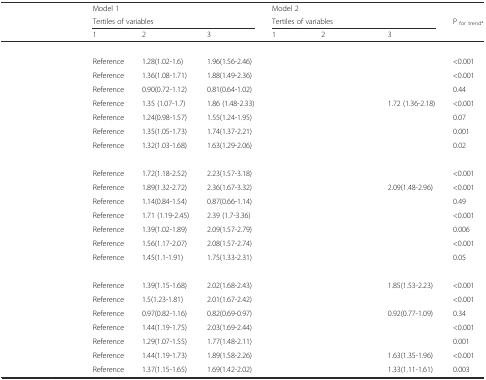
<table><thead><tr><td rowspan="3">[EMPTY_CELL]</td><td><b>Model 1</b></td><td>[EMPTY_CELL]</td><td>[EMPTY_CELL]</td><td><b>Model 2</b></td><td>[EMPTY_CELL]</td><td>[EMPTY_CELL]</td><td>[EMPTY_CELL]</td></tr><tr><td colspan="3"><b>Tertiles of variables</b></td><td colspan="3"><b>Tertiles of variables</b></td><td><b>P <sub>for trend*</sub></b></td></tr><tr><td><b>1</b></td><td><b>2</b></td><td><b>3</b></td><td><b>1</b></td><td><b>2</b></td><td><b>3</b></td><td>[EMPTY_CELL]</td></tr></thead><tbody><tr><td>[EMPTY_CELL]</td><td>[EMPTY_CELL]</td><td>[EMPTY_CELL]</td><td>[EMPTY_CELL]</td><td>[EMPTY_CELL]</td><td>[EMPTY_CELL]</td><td>[EMPTY_CELL]</td><td>[EMPTY_CELL]</td></tr><tr><td>[EMPTY_CELL]</td><td>Reference</td><td>1.28(1.02-1.6)</td><td>1.96(1.56-2.46)</td><td>[EMPTY_CELL]</td><td>[EMPTY_CELL]</td><td>[EMPTY_CELL]</td><td>&lt;0.001</td></tr><tr><td>[EMPTY_CELL]</td><td>Reference</td><td>1.36(1.08-1.71)</td><td>1.88(1.49-2.36)</td><td>[EMPTY_CELL]</td><td>[EMPTY_CELL]</td><td>[EMPTY_CELL]</td><td>&lt;0.001</td></tr><tr><td>[EMPTY_CELL]</td><td>Reference</td><td>0.90(0.72-1.12)</td><td>0.81(0.64-1.02)</td><td>[EMPTY_CELL]</td><td>[EMPTY_CELL]</td><td>[EMPTY_CELL]</td><td>0.44</td></tr><tr><td>[EMPTY_CELL]</td><td>Reference</td><td>1.35 (1.07-1.7)</td><td>1.86 (1.48-2.33)</td><td>[EMPTY_CELL]</td><td>[EMPTY_CELL]</td><td>1.72 (1.36-2.18)</td><td>&lt;0.001</td></tr><tr><td>[EMPTY_CELL]</td><td>Reference</td><td>1.24(0.98-1.57)</td><td>1.55(1.24-1.95)</td><td>[EMPTY_CELL]</td><td>[EMPTY_CELL]</td><td>[EMPTY_CELL]</td><td>0.07</td></tr><tr><td>[EMPTY_CELL]</td><td>Reference</td><td>1.35(1.05-1.73)</td><td>1.74(1.37-2.21)</td><td>[EMPTY_CELL]</td><td>[EMPTY_CELL]</td><td>[EMPTY_CELL]</td><td>0.001</td></tr><tr><td>[EMPTY_CELL]</td><td>Reference</td><td>1.32(1.03-1.68)</td><td>1.63(1.29-2.06)</td><td>[EMPTY_CELL]</td><td>[EMPTY_CELL]</td><td>[EMPTY_CELL]</td><td>0.02</td></tr><tr><td>[EMPTY_CELL]</td><td>[EMPTY_CELL]</td><td>[EMPTY_CELL]</td><td>[EMPTY_CELL]</td><td>[EMPTY_CELL]</td><td>[EMPTY_CELL]</td><td>[EMPTY_CELL]</td><td>[EMPTY_CELL]</td></tr><tr><td>[EMPTY_CELL]</td><td>Reference</td><td>1.72(1.18-2.52)</td><td>2.23(1.57-3.18)</td><td>[EMPTY_CELL]</td><td>[EMPTY_CELL]</td><td>[EMPTY_CELL]</td><td>&lt;0.001</td></tr><tr><td>[EMPTY_CELL]</td><td>Reference</td><td>1.89(1.32-2.72)</td><td>2.36(1.67-3.32)</td><td>[EMPTY_CELL]</td><td>[EMPTY_CELL]</td><td>2.09(1.48-2.96)</td><td>&lt;0.001</td></tr><tr><td>[EMPTY_CELL]</td><td>Reference</td><td>1.14(0.84-1.54)</td><td>0.87(0.66-1.14)</td><td>[EMPTY_CELL]</td><td>[EMPTY_CELL]</td><td>[EMPTY_CELL]</td><td>0.49</td></tr><tr><td>[EMPTY_CELL]</td><td>Reference</td><td>1.71 (1.19-2.45)</td><td>2.39 (1.7-3.36)</td><td>[EMPTY_CELL]</td><td>[EMPTY_CELL]</td><td>[EMPTY_CELL]</td><td>&lt;0.001</td></tr><tr><td>[EMPTY_CELL]</td><td>Reference</td><td>1.39(1.02-1.89)</td><td>2.09(1.57-2.79)</td><td>[EMPTY_CELL]</td><td>[EMPTY_CELL]</td><td>[EMPTY_CELL]</td><td>0.006</td></tr><tr><td>[EMPTY_CELL]</td><td>Reference</td><td>1.56(1.17-2.07)</td><td>2.08(1.57-2.74)</td><td>[EMPTY_CELL]</td><td>[EMPTY_CELL]</td><td>[EMPTY_CELL]</td><td>&lt;0.001</td></tr><tr><td>[EMPTY_CELL]</td><td>Reference</td><td>1.45(1.1-1.91)</td><td>1.75(1.33-2.31)</td><td>[EMPTY_CELL]</td><td>[EMPTY_CELL]</td><td>[EMPTY_CELL]</td><td>0.05</td></tr><tr><td>[EMPTY_CELL]</td><td>[EMPTY_CELL]</td><td>[EMPTY_CELL]</td><td>[EMPTY_CELL]</td><td>[EMPTY_CELL]</td><td>[EMPTY_CELL]</td><td>[EMPTY_CELL]</td><td>[EMPTY_CELL]</td></tr><tr><td>[EMPTY_CELL]</td><td>Reference</td><td>1.39(1.15-1.68)</td><td>2.02(1.68-2.43)</td><td>[EMPTY_CELL]</td><td>[EMPTY_CELL]</td><td>1.85(1.53-2.23)</td><td>&lt;0.001</td></tr><tr><td>[EMPTY_CELL]</td><td>Reference</td><td>1.5(1.23-1.81)</td><td>2.01(1.67-2.42)</td><td>[EMPTY_CELL]</td><td>[EMPTY_CELL]</td><td>[EMPTY_CELL]</td><td>&lt;0.001</td></tr><tr><td>[EMPTY_CELL]</td><td>Reference</td><td>0.97(0.82-1.16)</td><td>0.82(0.69-0.97)</td><td>[EMPTY_CELL]</td><td>[EMPTY_CELL]</td><td>0.92(0.77-1.09)</td><td>0.34</td></tr><tr><td>[EMPTY_CELL]</td><td>Reference</td><td>1.44(1.19-1.75)</td><td>2.03(1.69-2.44)</td><td>[EMPTY_CELL]</td><td>[EMPTY_CELL]</td><td>[EMPTY_CELL]</td><td>&lt;0.001</td></tr><tr><td>[EMPTY_CELL]</td><td>Reference</td><td>1.29(1.07-1.55)</td><td>1.77(1.48-2.11)</td><td>[EMPTY_CELL]</td><td>[EMPTY_CELL]</td><td>[EMPTY_CELL]</td><td>0.001</td></tr><tr><td>[EMPTY_CELL]</td><td>Reference</td><td>1.44(1.19-1.73)</td><td>1.89(1.58-2.26)</td><td>[EMPTY_CELL]</td><td>[EMPTY_CELL]</td><td>1.63(1.35-1.96)</td><td>&lt;0.001</td></tr><tr><td>[EMPTY_CELL]</td><td>Reference</td><td>1.37(1.15-1.65)</td><td>1.69(1.42-2.02)</td><td>[EMPTY_CELL]</td><td>[EMPTY_CELL]</td><td>1.33(1.11-1.61)</td><td>0.003</td></tr></tbody></table>